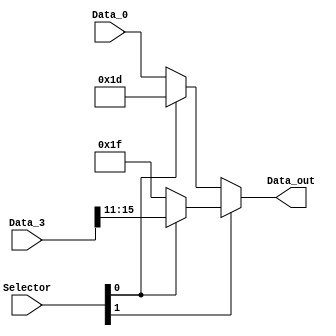
module mux_wr(
    input wire [1:0] Selector,
    input wire [4:0] Data_0, //RT
//  input wire [4:0] Data_1 // sp
//  input wire [4:0] Data_2 // ra
    input wire [15:0] Data_3, //IMMEDIATE (rd)
    output wire [4:0] Data_out
   
);

// Pegamos o [15-11] depos
    wire [31:0] out1, out2;
    parameter sp = 5'd29;
    parameter ra = 5'd31;
    /*
        Data_0 -- 0|
        sp     -- 1| -- out1 -- 0\
        ra     -- 0|              | -- Data_out ->
        Data_3 -- 1| -- out2 -- 1/
    */


    assign out1 = (Selector[0]) ? sp : Data_0;
    assign out2 = (Selector[0]) ? Data_3[15:11] : ra;
    assign Data_out = (Selector[1]) ? out2 : out1;

    
endmodule